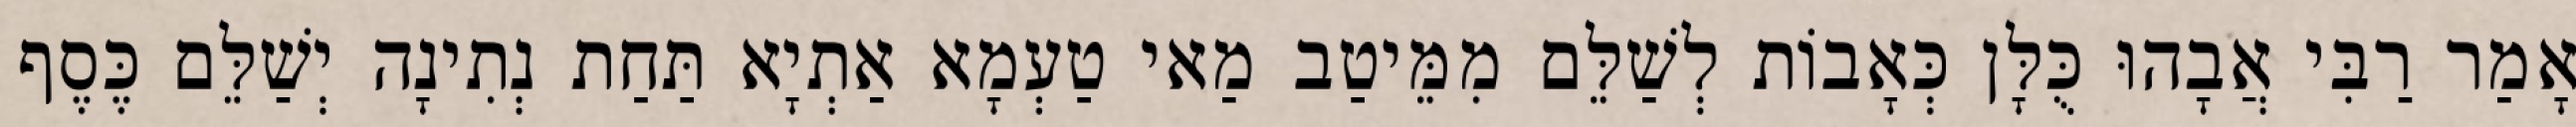
אָמַר רַבִּי אֲבָהוּ כֻּלָּן כְּאָבוֹת לְשַׁלֵּם מִמֵּיטַב מַאי טַעְמָא אַתְיָא תַּחַת נְתִינָה יְשַׁלֵּם כֶּסֶף